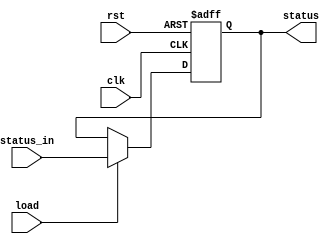
module Status_Reg
(
    input            clk,
    input            rst,
    input            load,
    input      [3:0] status_in,
    output reg [3:0] status
);

    always @(negedge clk or posedge rst) begin
  if(rst) begin
    status <= 0;
  end  
  else if(load) begin
    status <= status_in;
  end
  else begin
    status <= status;
  end    
 end
 
endmodule